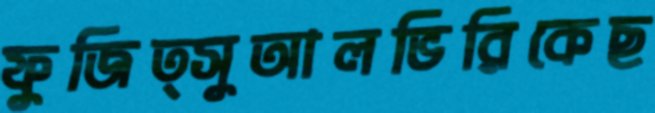
ফুজিত্সুআলভিরিকেছ